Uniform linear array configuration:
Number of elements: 16
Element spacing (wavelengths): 0.5
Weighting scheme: kaiser
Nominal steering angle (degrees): -45
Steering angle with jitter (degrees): -46.57
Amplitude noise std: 0.05
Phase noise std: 0.05

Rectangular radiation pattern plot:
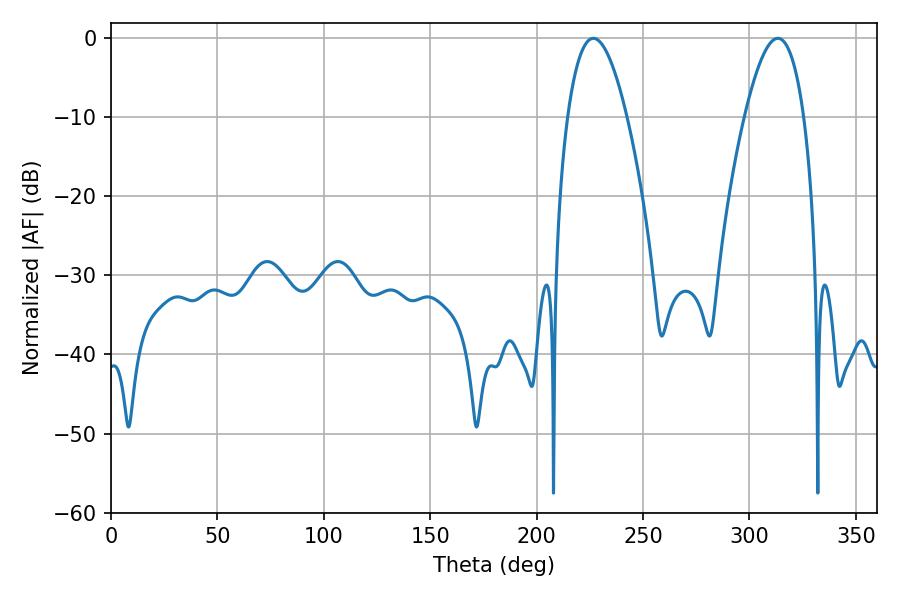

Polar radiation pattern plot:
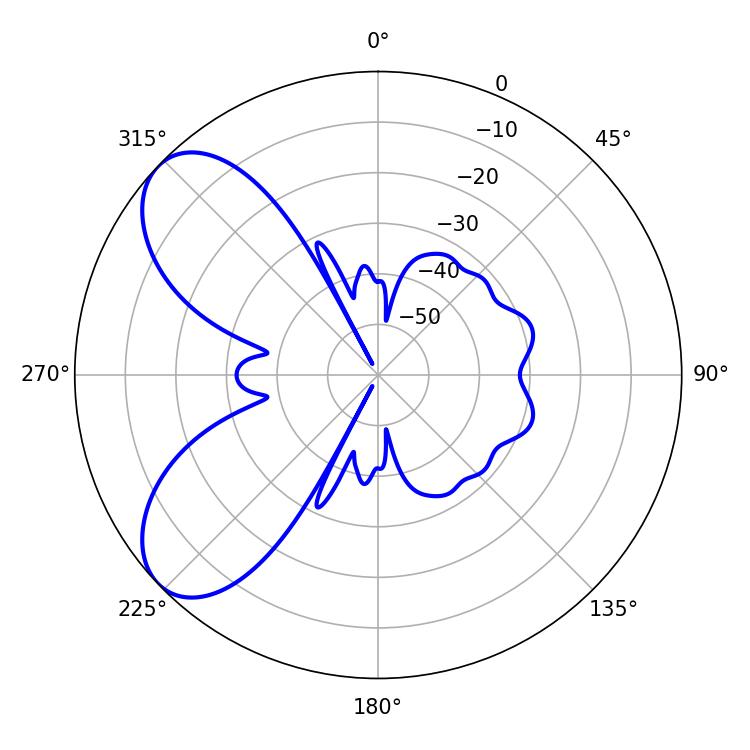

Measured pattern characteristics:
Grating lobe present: FALSE
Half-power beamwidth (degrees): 15.3
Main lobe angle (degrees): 226.62